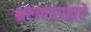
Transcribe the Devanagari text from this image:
भ्रष्टाचाराद्वारे